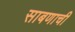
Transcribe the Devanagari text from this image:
साबणाची